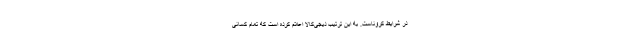
در شرایط کروناست. به این ترتیب دیجی‌کالا اعلام کرده است که تمام کسانی